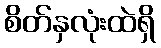
စိတ်နှလုံးထဲရှိ